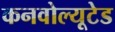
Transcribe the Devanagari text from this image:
कनवोल्यूटेड